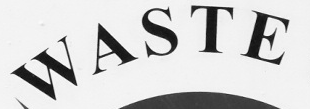
WASTE